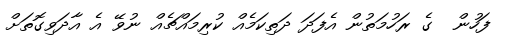
ފަހުން  ގެ ރަހުމަތުން އެފަދަ ދަތިކަމެއް ކުރިމައްޗެއް ނުވޭ އެ އާދަވިގޮތަށް